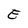
Character: E